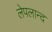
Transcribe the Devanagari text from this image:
लेपलान्द